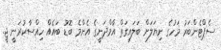
ސެޕްޓެންބަރު މަހުގެ ނިޔަލަށް ބަލައިގަތް އާމްދަނީގެ އެންމެ ބޮޑު ބައެއް ހިއްސާކުރަނީ ޖީ.